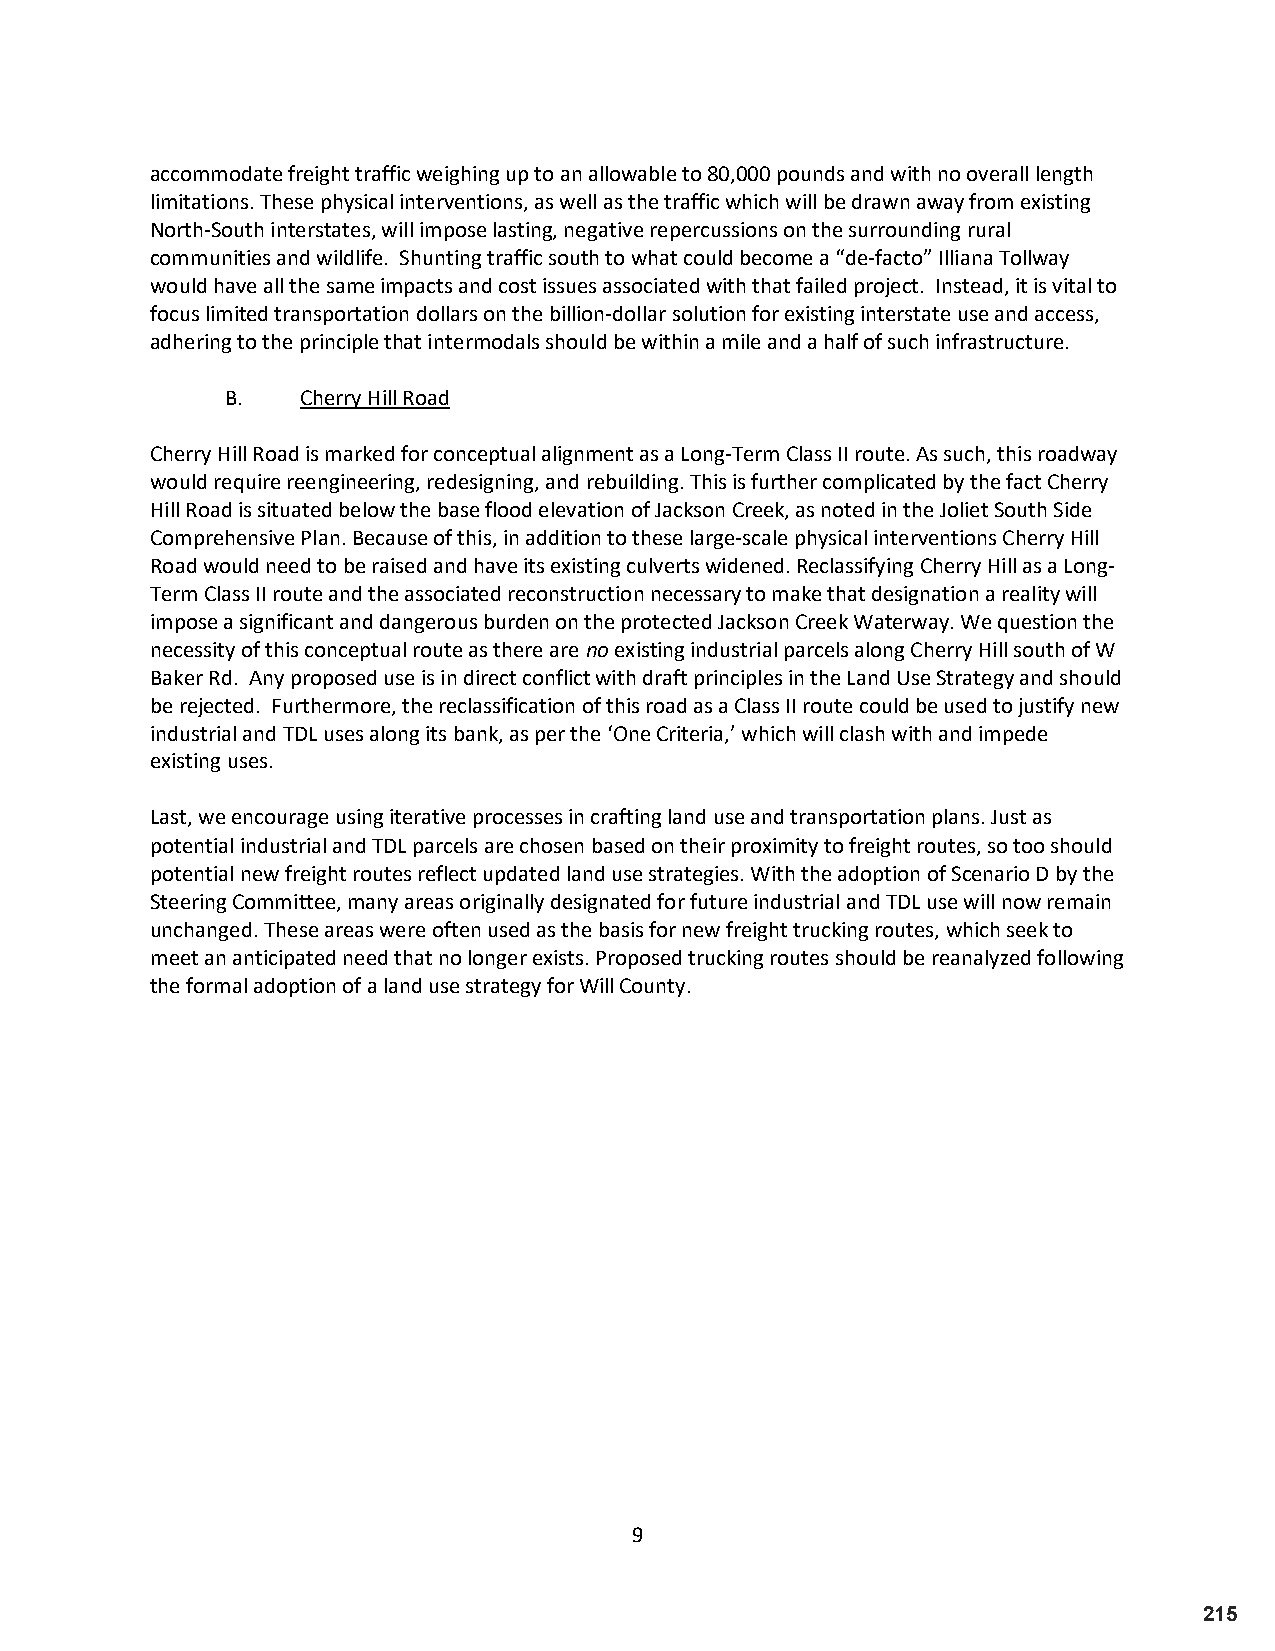
accommodate freight traffic weighing up to an allowable to 80,000 pounds and with no overall length
 limitations. These physical interventions, as well as the traffic which will be drawn away from existing
 North-South interstates, will impose lasting, negative repercussions on the surrounding rural
 communities and wildlife. Shunting traffic south to what could become a “de-facto” Illiana Tollway
 would have all the same impacts and cost issues associated with that failed project. Instead, it is vital to
 focus limited transportation dollars on the billion-dollar solution for existing interstate use and access,
 adhering to the principle that intermodals should be within a mile and a half of such infrastructure.
 B.   Cherry Hill Road
 Cherry Hill Road is marked for conceptual alignment as a Long-Term Class II route. As such, this roadway
 would require reengineering, redesigning, and rebuilding. This is further complicated by the fact Cherry
 Hill Road is situated below the base flood elevation of Jackson Creek, as noted in the Joliet South Side
 Comprehensive Plan. Because of this, in addition to these large-scale physical interventions Cherry Hill
 Road would need to be raised and have its existing culverts widened. Reclassifying Cherry Hill as a Long-
 Term Class II route and the associated reconstruction necessary to make that designation a reality will
 impose a significant and dangerous burden on the protected Jackson Creek Waterway. We question the
 necessity of this conceptual route as there are no existing industrial parcels along Cherry Hill south of W
 Baker Rd. Any proposed use is in direct conflict with draft principles in the Land Use Strategy and should
 be rejected. Furthermore, the reclassification of this road as a Class II route could be used to justify new
 industrial and TDL uses along its bank, as per the ‘One Criteria,’ which will clash with and impede
 existing uses.
 Last, we encourage using iterative processes in crafting land use and transportation plans. Just as
 potential industrial and TDL parcels are chosen based on their proximity to freight routes, so too should
 potential new freight routes reflect updated land use strategies. With the adoption of Scenario D by the
 Steering Committee, many areas originally designated for future industrial and TDL use will now remain
 unchanged. These areas were often used as the basis for new freight trucking routes, which seek to
 meet an anticipated need that no longer exists. Proposed trucking routes should be reanalyzed following
 the formal adoption of a land use strategy for Will County.
 9
 215